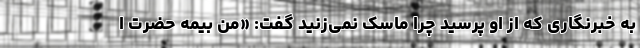
به خبرنگاری که از او پرسید چرا ماسک نمی‌زنید گفت: «من بیمه حضرت ا